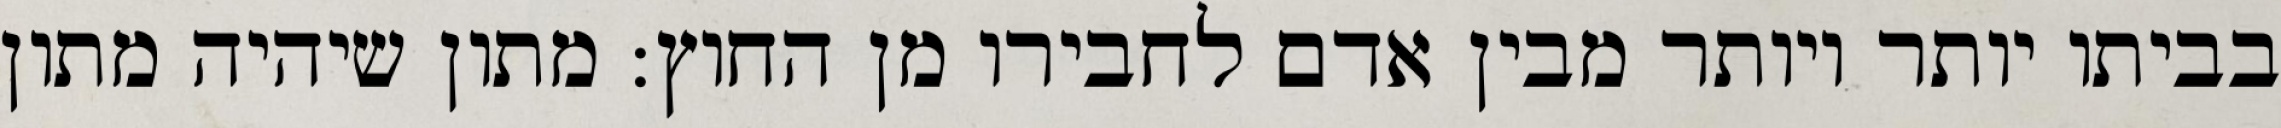
בביתו יותר ויותר מבין אדם לחבירו מן החוץ: מתון שיהיה מתון